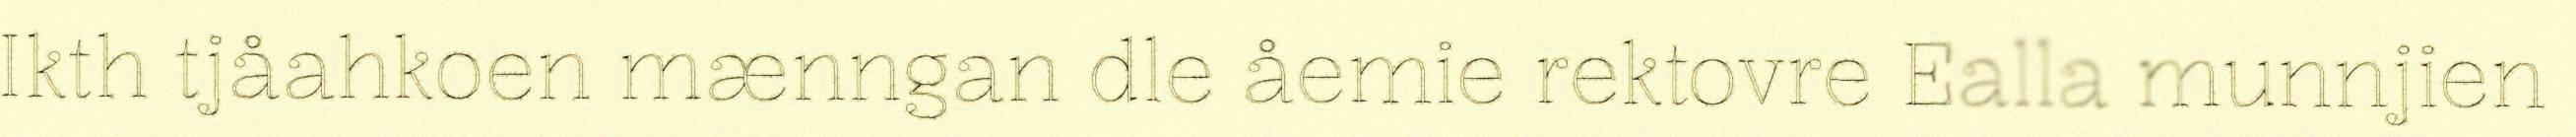
Ikth tjåahkoen mænngan dle åemie rektovre Ealla munnjien